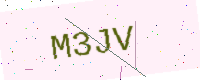
Text: M3JV